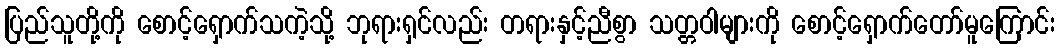
ပြည်သူတို့ကို စောင့်ရှောက်သကဲ့သို့ ဘုရားရှင်လည်း တရားနှင့်ညီစွာ သတ္တဝါများကို စောင့်ရှောက်တော်မူကြောင်း